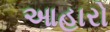
આહારો